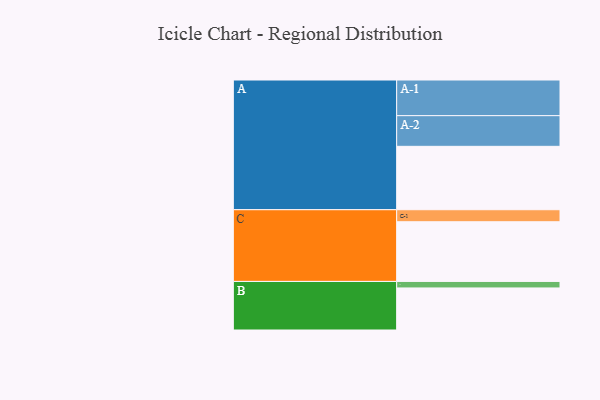
{"axis": {"x": "Segment", "y": "Value"}, "legend": ["", "A", "B", "C"], "data": [{"x": "A", "y": 496, "type": ""}, {"x": "B", "y": 329, "type": ""}, {"x": "C", "y": 467, "type": ""}, {"x": "A-1", "y": 279, "type": "A"}, {"x": "A-2", "y": 240, "type": "A"}, {"x": "B-1", "y": 51, "type": "B"}, {"x": "C-1", "y": 94, "type": "C"}]}